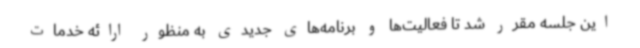
این جلسه مقرر شد تا فعالیت‌ها و برنامه‌های جدیدی به منظور ارائه خدمات